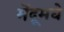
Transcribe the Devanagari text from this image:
मेंदूमधे